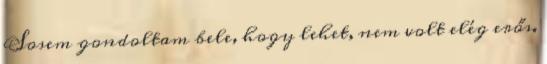
Sosem gondoltam bele, hogy lehet, nem volt elég erős.